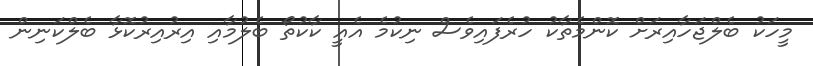
މީހަކު ބެލްޖަހާއިރަށް ކޮންމެތާކު ހުރެފައިވެސް ނިކުމެ އެއީ ކާކުތޯ ބެލުމާއި އިރުއިރުކޮޅާ ބެލްކަނިން